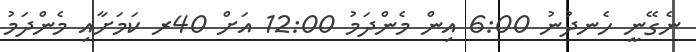
ނެގޭނީ ހެނދުނު 6:00 އިން މެންދަމު 12:00 އަށް 40ރ ކަމަށާއި މެންދަމު